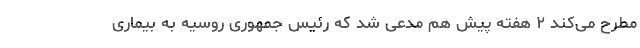
مطرح می‌کند ۲ هفته پیش هم مدعی شد که رئیس جمهوری روسیه به بیماری